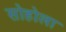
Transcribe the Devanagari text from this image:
सोहोला